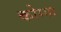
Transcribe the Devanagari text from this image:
कोग्गा